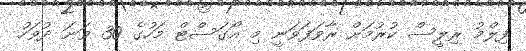
ފިލްމު ރިލީސް ކުރުމަށް ރާވަފަވަނީ މި އޯގަސްޓް މަހުގެ 30 ވަނަ ދުވަހު